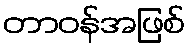
တာဝန်အဖြစ်